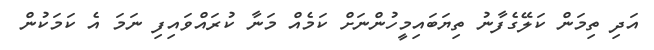
އަދި ތިމަން ކަލޭގެފާނު ތިޔަބައިމީހުންނަށް ކަމެއް މަނާ ކުރައްވައިފި ނަމަ އެ ކަމަކުން